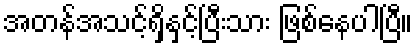
အတန်အသင့်ရှိနှင့်ပြီးသား ဖြစ်နေပါပြီ။